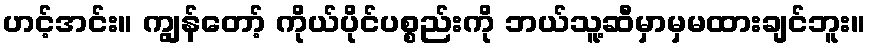
ဟင့်အင်း။ ကျွန်တော့် ကိုယ်ပိုင်ပစ္စည်းကို ဘယ်သူ့ဆီမှာမှမထားချင်ဘူး။